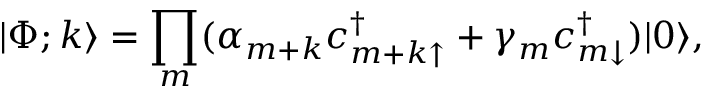
| \Phi ; k \rangle = \prod _ { m } ( \alpha _ { m + k } c _ { { m + k } \uparrow } ^ { \dagger } + \gamma _ { m } c _ { m \downarrow } ^ { \dagger } ) | 0 \rangle ,